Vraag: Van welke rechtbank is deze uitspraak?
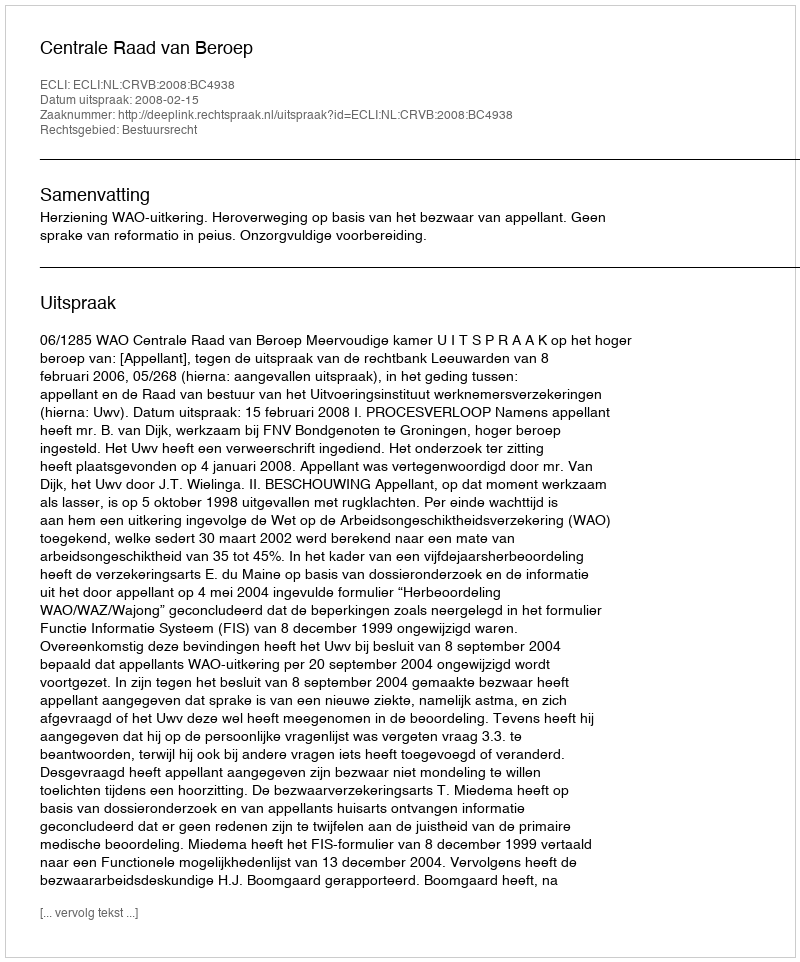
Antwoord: Centrale Raad van Beroep